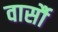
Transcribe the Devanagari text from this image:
वार्सौ